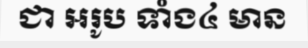
ជា អរូប ទាំង៤ មាន